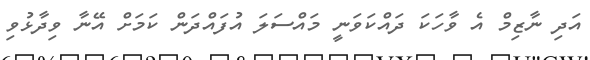
އަދި ނާޒިމް އެ ވާހަކަ ދައްކަވަނީ މައްސަލަ އުފައްދަން ކަމަށް އޭނާ ވިދާޅުވި